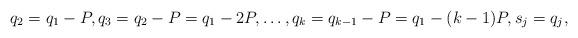
LaTeX: \begin{align*} q_2 = q_1 -P, q_3 = q_2-P = q_1-2P, \ldots, q_k = q_{k-1} -P = q_1 - (k-1)P , s_j = q_j , \end{align*}